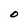
Character: O